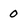
Character: 0